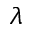
\lambda